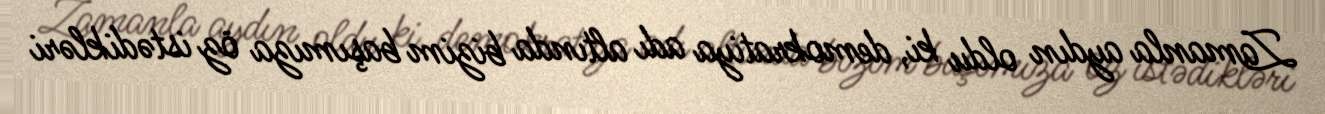
Zamanla aydın oldu ki, demokratiya adı altında bizim başımıza öz istədikləri